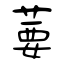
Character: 葽